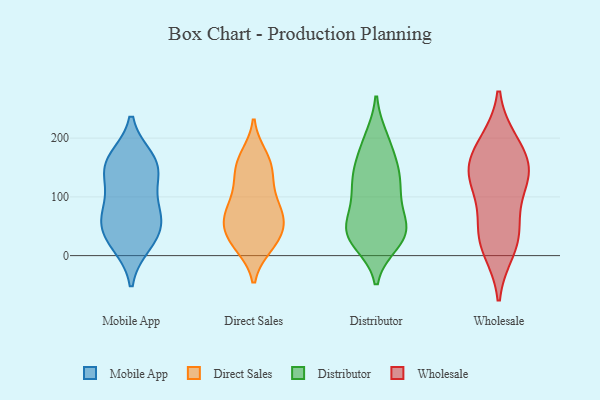
{"axis": {"x": "Humidity (%)", "y": "Value"}, "legend": ["Direct Sales", "Distributor", "Mobile App", "Wholesale"], "data": [{"x": "", "y": 163, "type": "Mobile App"}, {"x": "", "y": 46, "type": "Mobile App"}, {"x": "", "y": 31, "type": "Mobile App"}, {"x": "", "y": 93, "type": "Mobile App"}, {"x": "", "y": 75, "type": "Mobile App"}, {"x": "", "y": 146, "type": "Mobile App"}, {"x": "", "y": 151, "type": "Mobile App"}, {"x": "", "y": 62, "type": "Mobile App"}, {"x": "", "y": 152, "type": "Mobile App"}, {"x": "", "y": 21, "type": "Mobile App"}, {"x": "", "y": 141, "type": "Direct Sales"}, {"x": "", "y": 106, "type": "Direct Sales"}, {"x": "", "y": 156, "type": "Direct Sales"}, {"x": "", "y": 96, "type": "Direct Sales"}, {"x": "", "y": 169, "type": "Direct Sales"}, {"x": "", "y": 66, "type": "Direct Sales"}, {"x": "", "y": 17, "type": "Direct Sales"}, {"x": "", "y": 76, "type": "Direct Sales"}, {"x": "", "y": 21, "type": "Direct Sales"}, {"x": "", "y": 48, "type": "Direct Sales"}, {"x": "", "y": 63, "type": "Direct Sales"}, {"x": "", "y": 129, "type": "Direct Sales"}, {"x": "", "y": 27, "type": "Direct Sales"}, {"x": "", "y": 65, "type": "Direct Sales"}, {"x": "", "y": 58, "type": "Direct Sales"}, {"x": "", "y": 21, "type": "Direct Sales"}, {"x": "", "y": 163, "type": "Direct Sales"}, {"x": "", "y": 199, "type": "Distributor"}, {"x": "", "y": 177, "type": "Distributor"}, {"x": "", "y": 22, "type": "Distributor"}, {"x": "", "y": 200, "type": "Distributor"}, {"x": "", "y": 109, "type": "Distributor"}, {"x": "", "y": 139, "type": "Distributor"}, {"x": "", "y": 27, "type": "Distributor"}, {"x": "", "y": 101, "type": "Distributor"}, {"x": "", "y": 42, "type": "Distributor"}, {"x": "", "y": 31, "type": "Distributor"}, {"x": "", "y": 98, "type": "Distributor"}, {"x": "", "y": 46, "type": "Distributor"}, {"x": "", "y": 140, "type": "Distributor"}, {"x": "", "y": 37, "type": "Distributor"}, {"x": "", "y": 73, "type": "Distributor"}, {"x": "", "y": 42, "type": "Distributor"}, {"x": "", "y": 142, "type": "Distributor"}, {"x": "", "y": 141, "type": "Distributor"}, {"x": "", "y": 47, "type": "Distributor"}, {"x": "", "y": 10, "type": "Wholesale"}, {"x": "", "y": 191, "type": "Wholesale"}, {"x": "", "y": 54, "type": "Wholesale"}, {"x": "", "y": 117, "type": "Wholesale"}, {"x": "", "y": 130, "type": "Wholesale"}, {"x": "", "y": 144, "type": "Wholesale"}, {"x": "", "y": 193, "type": "Wholesale"}, {"x": "", "y": 45, "type": "Wholesale"}, {"x": "", "y": 144, "type": "Wholesale"}, {"x": "", "y": 21, "type": "Wholesale"}, {"x": "", "y": 152, "type": "Wholesale"}]}